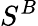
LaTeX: S^{B}